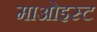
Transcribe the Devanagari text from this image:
माओइस्ट